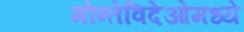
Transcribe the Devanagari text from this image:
मोन्तेविदेओमध्ये